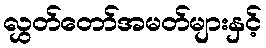
လွှတ်တော်အမတ်များနှင့်